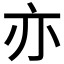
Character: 亦